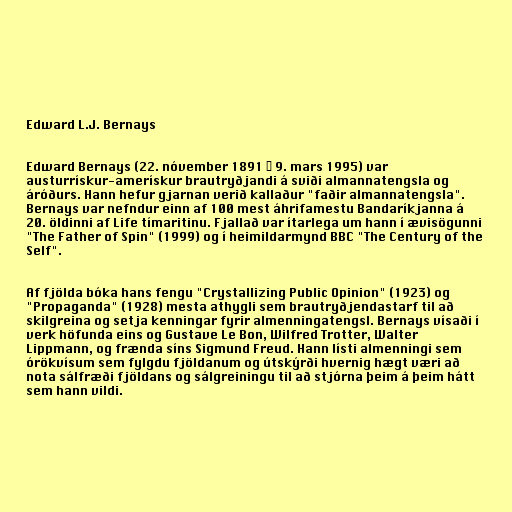
Edward L.J. Bernays

Edward Bernays (22. nóvember 1891 − 9. mars 1995) var
austurrískur-amerískur brautryðjandi á sviði almannatengsla og
áróðurs. Hann hefur gjarnan verið kallaður "faðir almannatengsla".
Bernays var nefndur einn af 100 mest áhrifamestu Bandaríkjanna á
20. öldinni af Life tímaritinu. Fjallað var ítarlega um hann í ævisögunni
"The Father of Spin" (1999) og í heimildarmynd BBC "The Century of the
Self".

Af fjölda bóka hans fengu "Crystallizing Public Opinion" (1923) og
"Propaganda" (1928) mesta athygli sem brautryðjendastarf til að
skilgreina og setja kenningar fyrir almenningatengsl. Bernays vísaði í
verk höfunda eins og Gustave Le Bon, Wilfred Trotter, Walter
Lippmann, og frænda síns Sigmund Freud. Hann lísti almenningi sem
órökvísum sem fylgdu fjöldanum og útskýrði hvernig hægt væri að
nota sálfræði fjöldans og sálgreiningu til að stjórna þeim á þeim hátt
sem hann vildi.